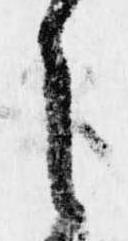
之